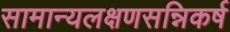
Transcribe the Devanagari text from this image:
सामान्यलक्षणसन्निकर्ष